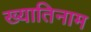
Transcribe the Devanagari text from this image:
ख्यातिनाम